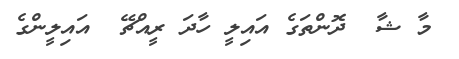
މާ ޝާ  ދޮންތަގެ އައިލީ ހާދަ ރީއްޗޭ  އައިލީންގެ